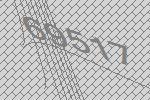
69517